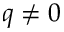
q \neq 0